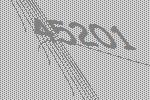
45201